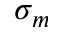
\sigma _ { m }